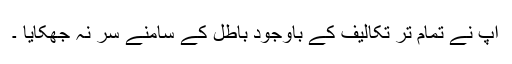
آپ نے تمام تر تکالیف کے باوجود باطل کے سامنے سر نہ جھکایا ۔